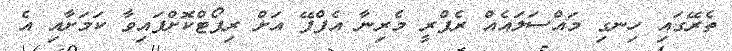
ތެރޭގައި ހިނގި މައްސަލައެއް ރެފްރީ މެރިނާ އެފްފޭ އަށް ރިޕޯޓްކޮށްފައިވާ ކަމަށާއި އެ